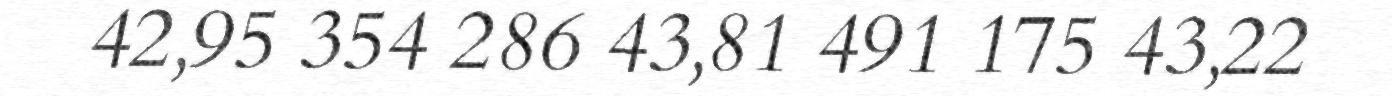
42,95 354 286 43,81 491 175 43,22